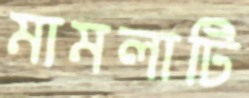
মামলাটি